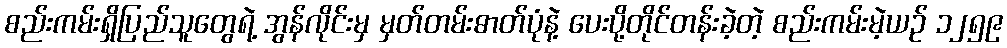
စည်းကမ်းရှိပြည်သူတွေရဲ့ အွန်လိုင်းမှ မှတ်တမ်းဓာတ်ပုံနဲ့ ပေးပို့တိုင်တန်းခဲ့တဲ့ စည်းကမ်းမဲ့ယဉ် ၁၂၅၉